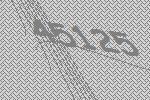
45125